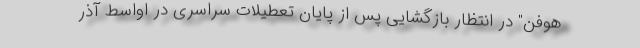
‌هوفن" در انتظار بازگشایی پس از پایان تعطیلات سراسری در اواسط آذر